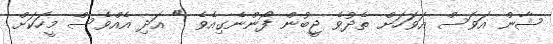
ޝާން އަވަސް އަވަހަށް ތެދުވެ ޖީބުން ފޯންނެގިއެވެ " އަދި އެއްވެސް މީހަކަށް